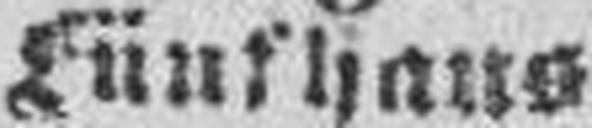
Wien, Fünfhaus